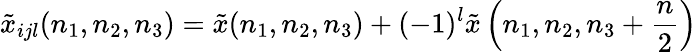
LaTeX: {\tilde{x}}_{ijl}(n_{1},n_{2},n_{3})={\tilde{x}}(n_{1},n_{2},n_{3})+(-1)^{l}{\tilde{x}}\left(n_{1},n_{2},n_{3}+{\frac{n}{2}}\right)